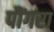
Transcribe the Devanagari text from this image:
पौंगरा